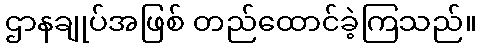
ဌာနချုပ်အဖြစ် တည်ထောင်ခဲ့ကြသည်။